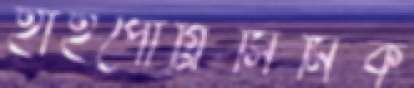
হাইপোগ্লিসিমিক